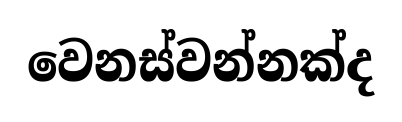
වෙනස්වන්නක්ද